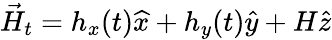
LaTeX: \vec{H}_{t}=h_{x}(t)\widehat{x}+h_{y}(t)\widehat{y}+H\widehat{z}